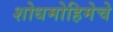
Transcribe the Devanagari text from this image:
शोधमोहिमेचे